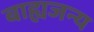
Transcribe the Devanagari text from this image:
बाह्यजन्य